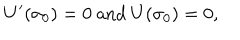
U ^ { \prime } ( \sigma _ { 0 } ) = 0 \mathrm { ~ a n d ~ } U ( \sigma _ { 0 } ) = 0 ,